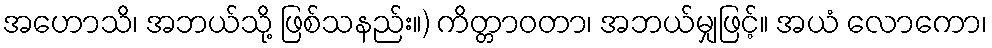
အဟောသိ၊ အဘယ်သို့ ဖြစ်သနည်း။) ကိတ္တာဝတာ၊ အဘယ်မျှဖြင့်။ အယံ လောကော၊